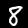
Label: 8